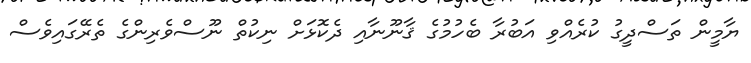
ޔާމީން ތަސްދީގު ކުރެއްވި އަބުރާ ބެހުމުގެ ޤާނޫނާއި ދެކޮޅަށް ނިކުތް ނޫސްވެރިންގެ ތެރޭގައިވެސް